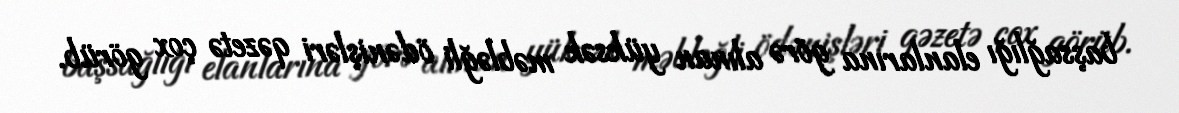
başsağlığı elanlarına görə alınan yüksək məbləğli ödənişləri qəzetə çox görüb.